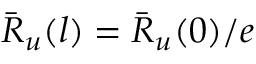
\bar { R } _ { u } ( l ) = \bar { R } _ { u } ( 0 ) / e